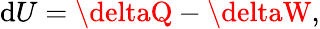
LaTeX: \mathrm{d}U=\deltaQ-\deltaW,